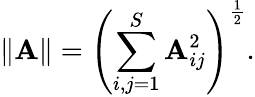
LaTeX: \| \mathbf{A}\| =\left(\sum_{i,j=1}^{S}\mathbf{A}_{ij}^{2}\right)^{\frac{1}{2}}.